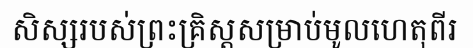
សិស្សរបស់ព្រះគ្រិស្តសម្រាប់មូលហេតុពីរ